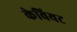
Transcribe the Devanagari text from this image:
केवियट